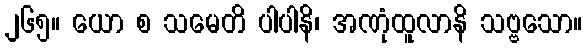
၂၆၅။ ယော စ သမေတိ ပါပါနိ၊ အဏုံထူလာနိ သဗ္ဗသော။